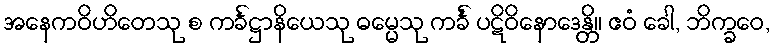
အနေကဝိဟိတေသု စ ကင်္ခဋ္ဌာနိယေသု ဓမ္မေသု ကင်္ခံ ပဋိဝိနောဒေန္တိ။ ဧဝံ ခေါ, ဘိက္ခဝေ,